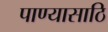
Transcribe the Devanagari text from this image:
पाण्यासाठि